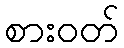
စားဝတ်